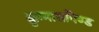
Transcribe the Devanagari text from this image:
कुम्मासपिण्ड